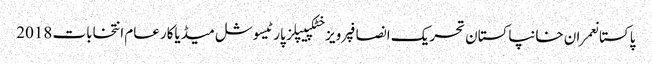
پاکستانعمران خانپاکستان تحریک انصافپرویز خٹکپیپلز پارٹیسوشل میڈیاکارعام انتخابات 2018